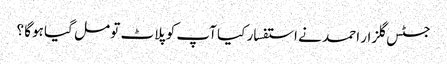
جسٹس گلزار احمد نے استفسار کیا آپ کو پلاٹ تو مل گیا ہوگا ؟